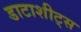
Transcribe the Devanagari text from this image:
डाटाशीट्स